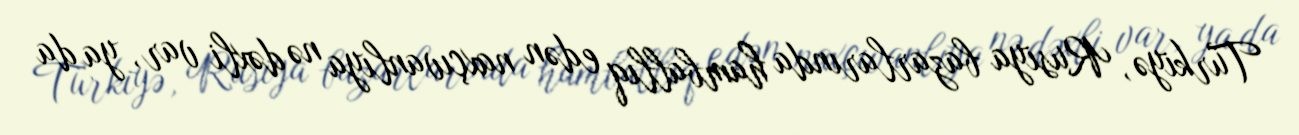
Türkiyə, Rusiya bazarlarında hamballıq edən naxçıvanlıya nə dəxli var, ya da